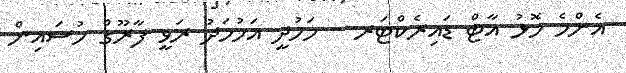
އެންމެ މޮޅު އާޓް ޑައިރެކްޓަރ - މަހުދީ އަހުމަދު ރަވީ ފާރޫގް ހުސައިން